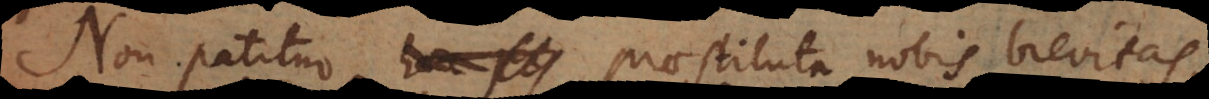
Non patitur praestituta nobis brevitas,